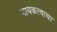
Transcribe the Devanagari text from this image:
नायकत्वाचा